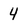
Character: 4